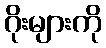
ဂိုးများကို